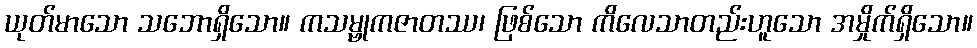
ယုတ်မာသော သဘောရှိသော။ ကသမ္ဗုကဇာတဿ၊ ဖြစ်သော ကိလေသာတည်းဟူသော အမှိုက်ရှိသော။